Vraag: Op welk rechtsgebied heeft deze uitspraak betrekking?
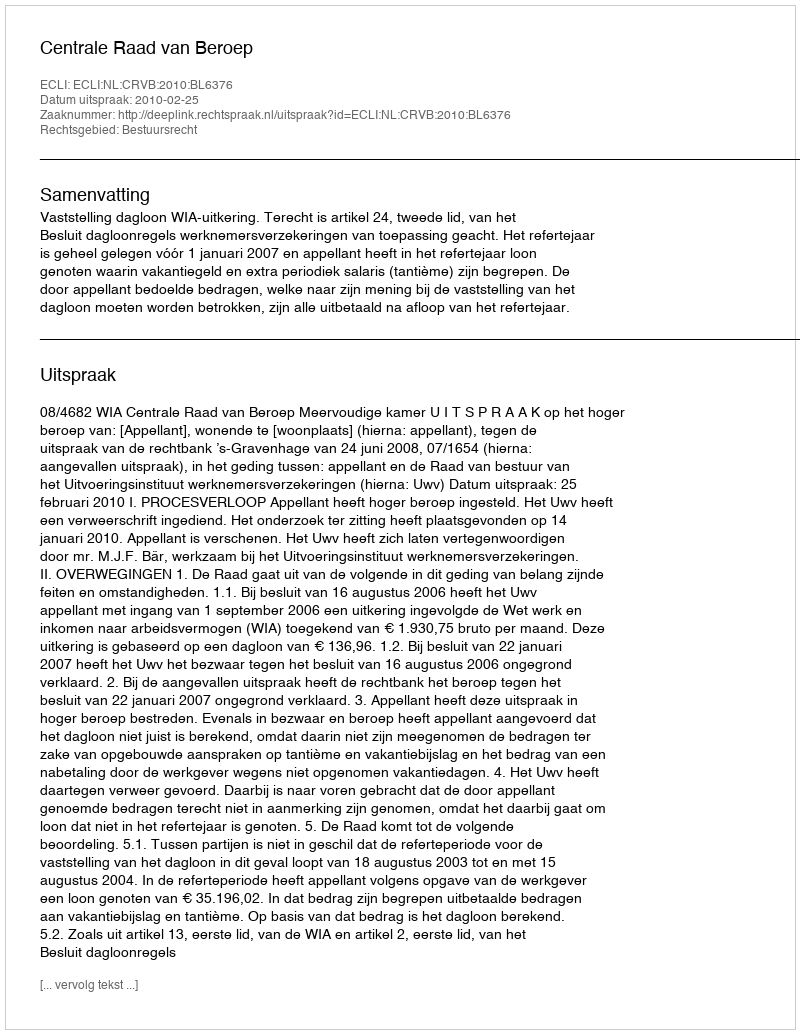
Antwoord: Bestuursrecht